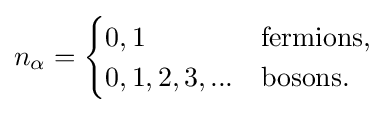
n_{\alpha }={\begin{cases}0,1&{\text{fermions,}}\\0,1,2,3,...&{\text{bosons.}}\end{cases}}